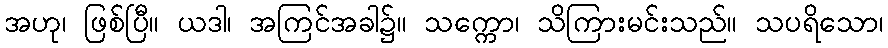
အဟု၊ ဖြစ်ပြီ။ ယဒါ၊ အကြင်အခါ၌။ သက္ကော၊ သိကြားမင်းသည်။ သပရိသော၊